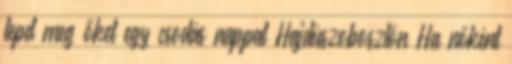
lepd meg őket egy csodás nappal Hajdúszoboszlón Ha nőként